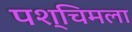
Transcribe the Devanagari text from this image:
पश्‍चिमला